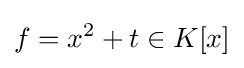
f=x^{2}+t\in K[x]